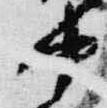
中